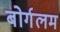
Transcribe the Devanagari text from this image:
बोर्गलम